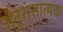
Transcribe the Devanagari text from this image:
अनूशंसात्मक